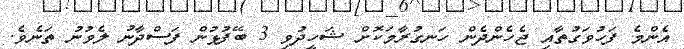
އެންމެ ފަހުވަގުތާއި ޖެހެންދެން ހަނގުރާމަކޮށް ޝަހީދުވި 3 ބޭފުޅުން ފަސްދާނު ލެވުނު ތަނެވެ.